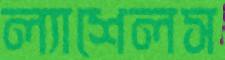
ল্যাশেলস